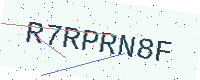
Text: R7RPRN8F